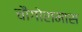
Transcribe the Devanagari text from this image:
चौगोरामास